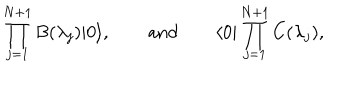
LaTeX: \prod _ { j = 1 } ^ { N + 1 } B ( \lambda _ { j } ) | 0 \rangle , \qquad \mathrm { a n d } \qquad \langle 0 | \prod _ { j = 1 } ^ { N + 1 } C ( \lambda _ { j } ) ,